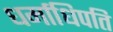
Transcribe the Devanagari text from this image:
धर्माधिपति